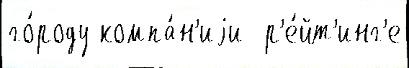
го́роду компа́н'иjи  р'е́йт'инг'е